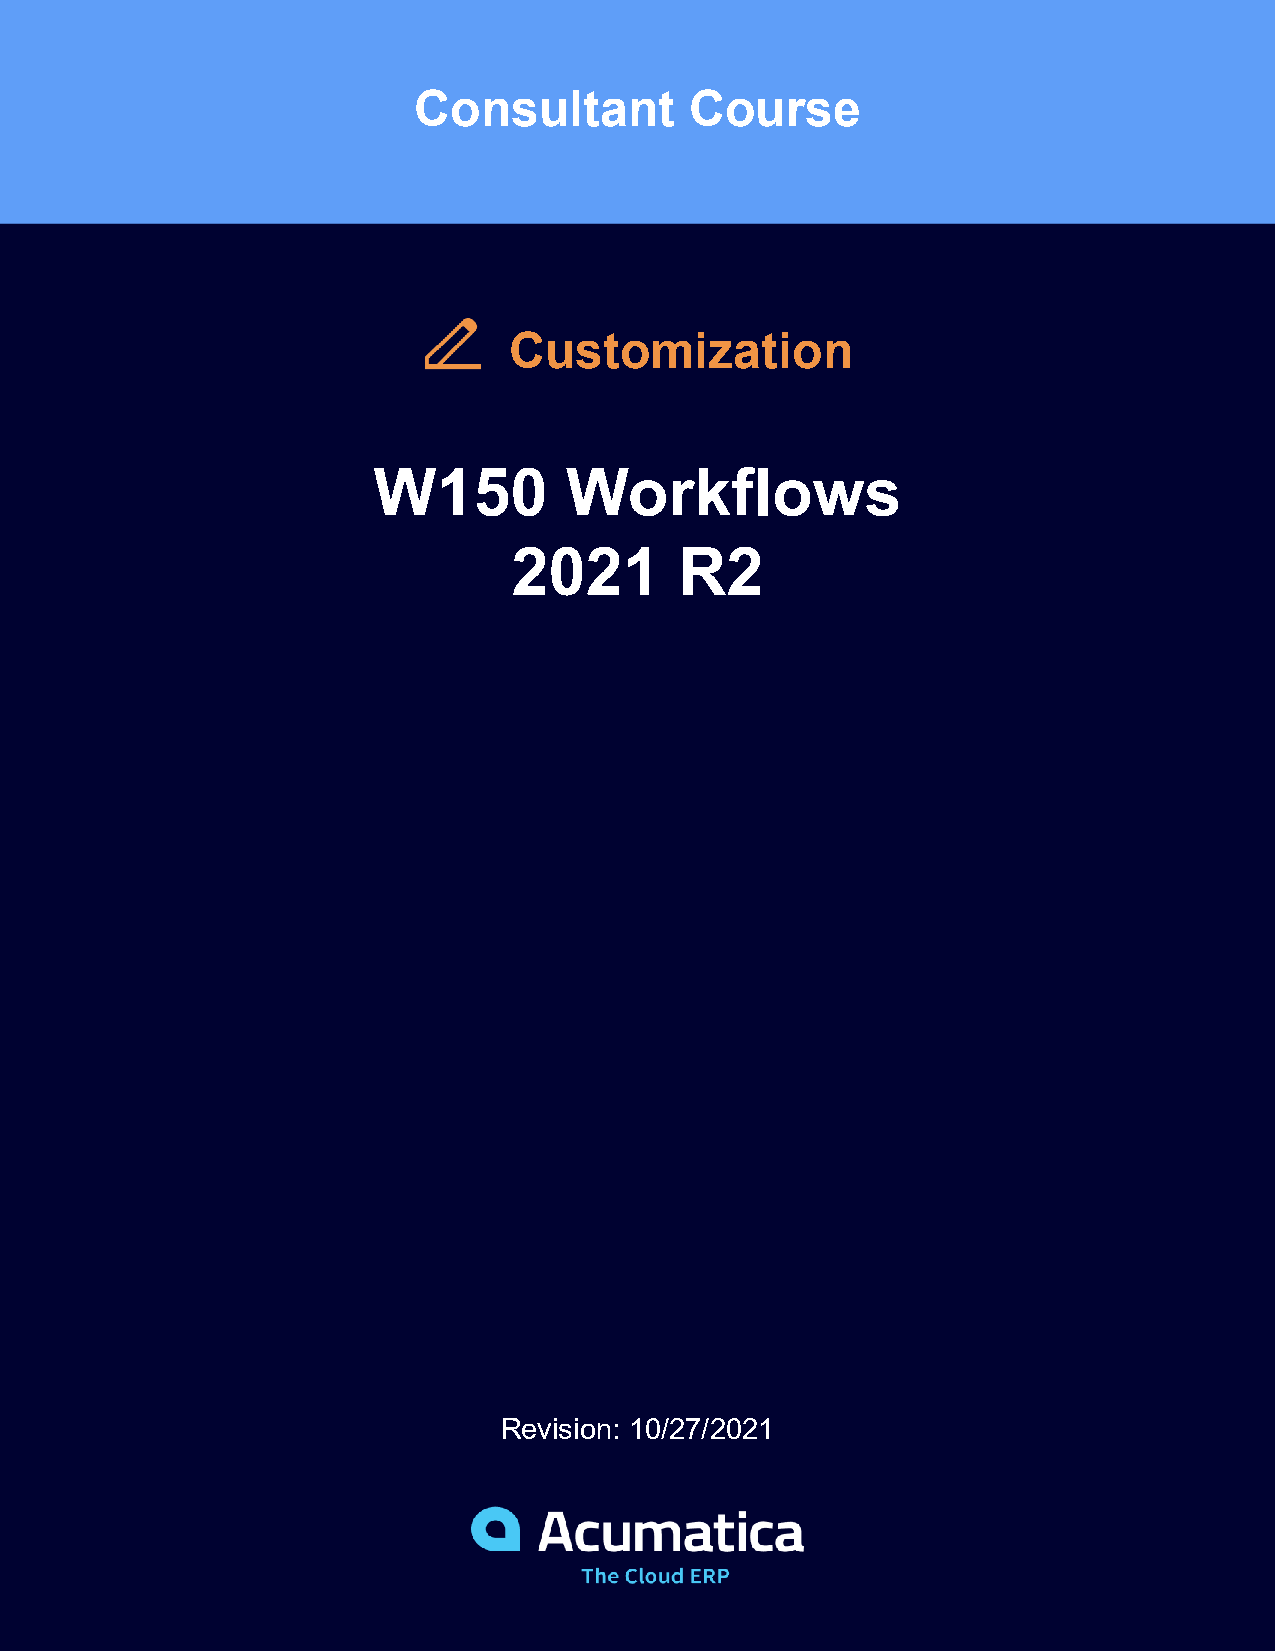
Consultant         Course
 Customization
 W150        Workflows
 2021       R2
 Revision: 10/27/2021